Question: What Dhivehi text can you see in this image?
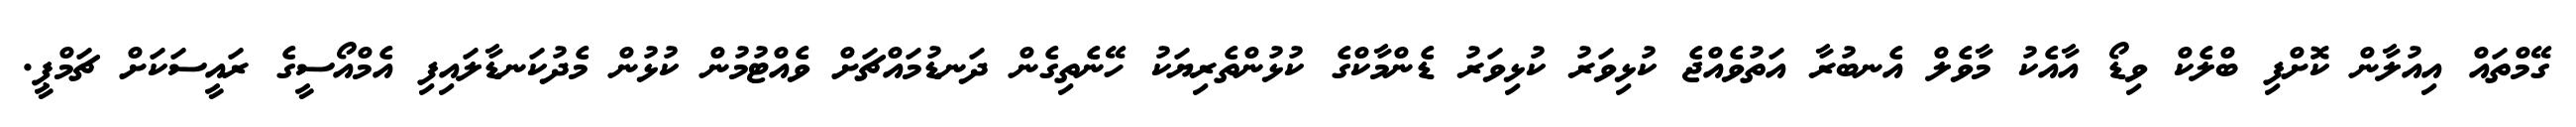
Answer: ގޭމްތައް އިއުލާން ކޮށްފި ބްލެކް ވިޑޯ އާއެކު މާވެލް އެނބުރާ އަތުވެއްޖެ ކުޅިވަރު ކުޅިވަރު ޑެންމާކްގެ ކުޅުންތެރިޔަކު ހޭނެތިގެން ދަނޑުމައްޗަށް ވެއްޓުމުން ކުޅުން މެދުކަނޑާލައިފި އެމްއޯސީގެ ރައީސަކަށް ޗަމްޕީ.